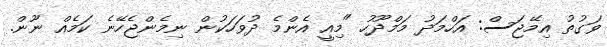
ވަގުތު އިމޭޖަސް: އަހްމަދު މަމްދޫހު "މިއީ އެންމެ ދުވަހަކުން ނިމެންޖެހޭނެ ކަމެއް ނޫން.